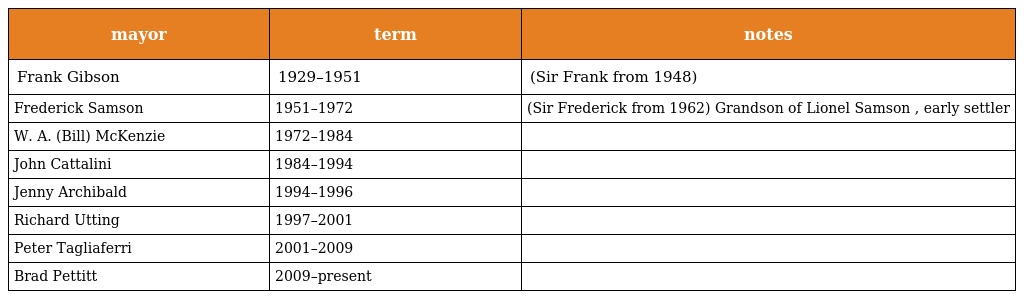
| mayor | term | notes |
 | --- | --- | --- |
 | Frank Gibson | 1929–1951 | (Sir Frank from 1948) |
 | Frederick Samson | 1951–1972 | (Sir Frederick from 1962) Grandson of Lionel Samson , early settler |
 | W. A. (Bill) McKenzie | 1972–1984 |  |
 | John Cattalini | 1984–1994 |  |
 | Jenny Archibald | 1994–1996 |  |
 | Richard Utting | 1997–2001 |  |
 | Peter Tagliaferri | 2001–2009 |  |
 | Brad Pettitt | 2009–present |  |